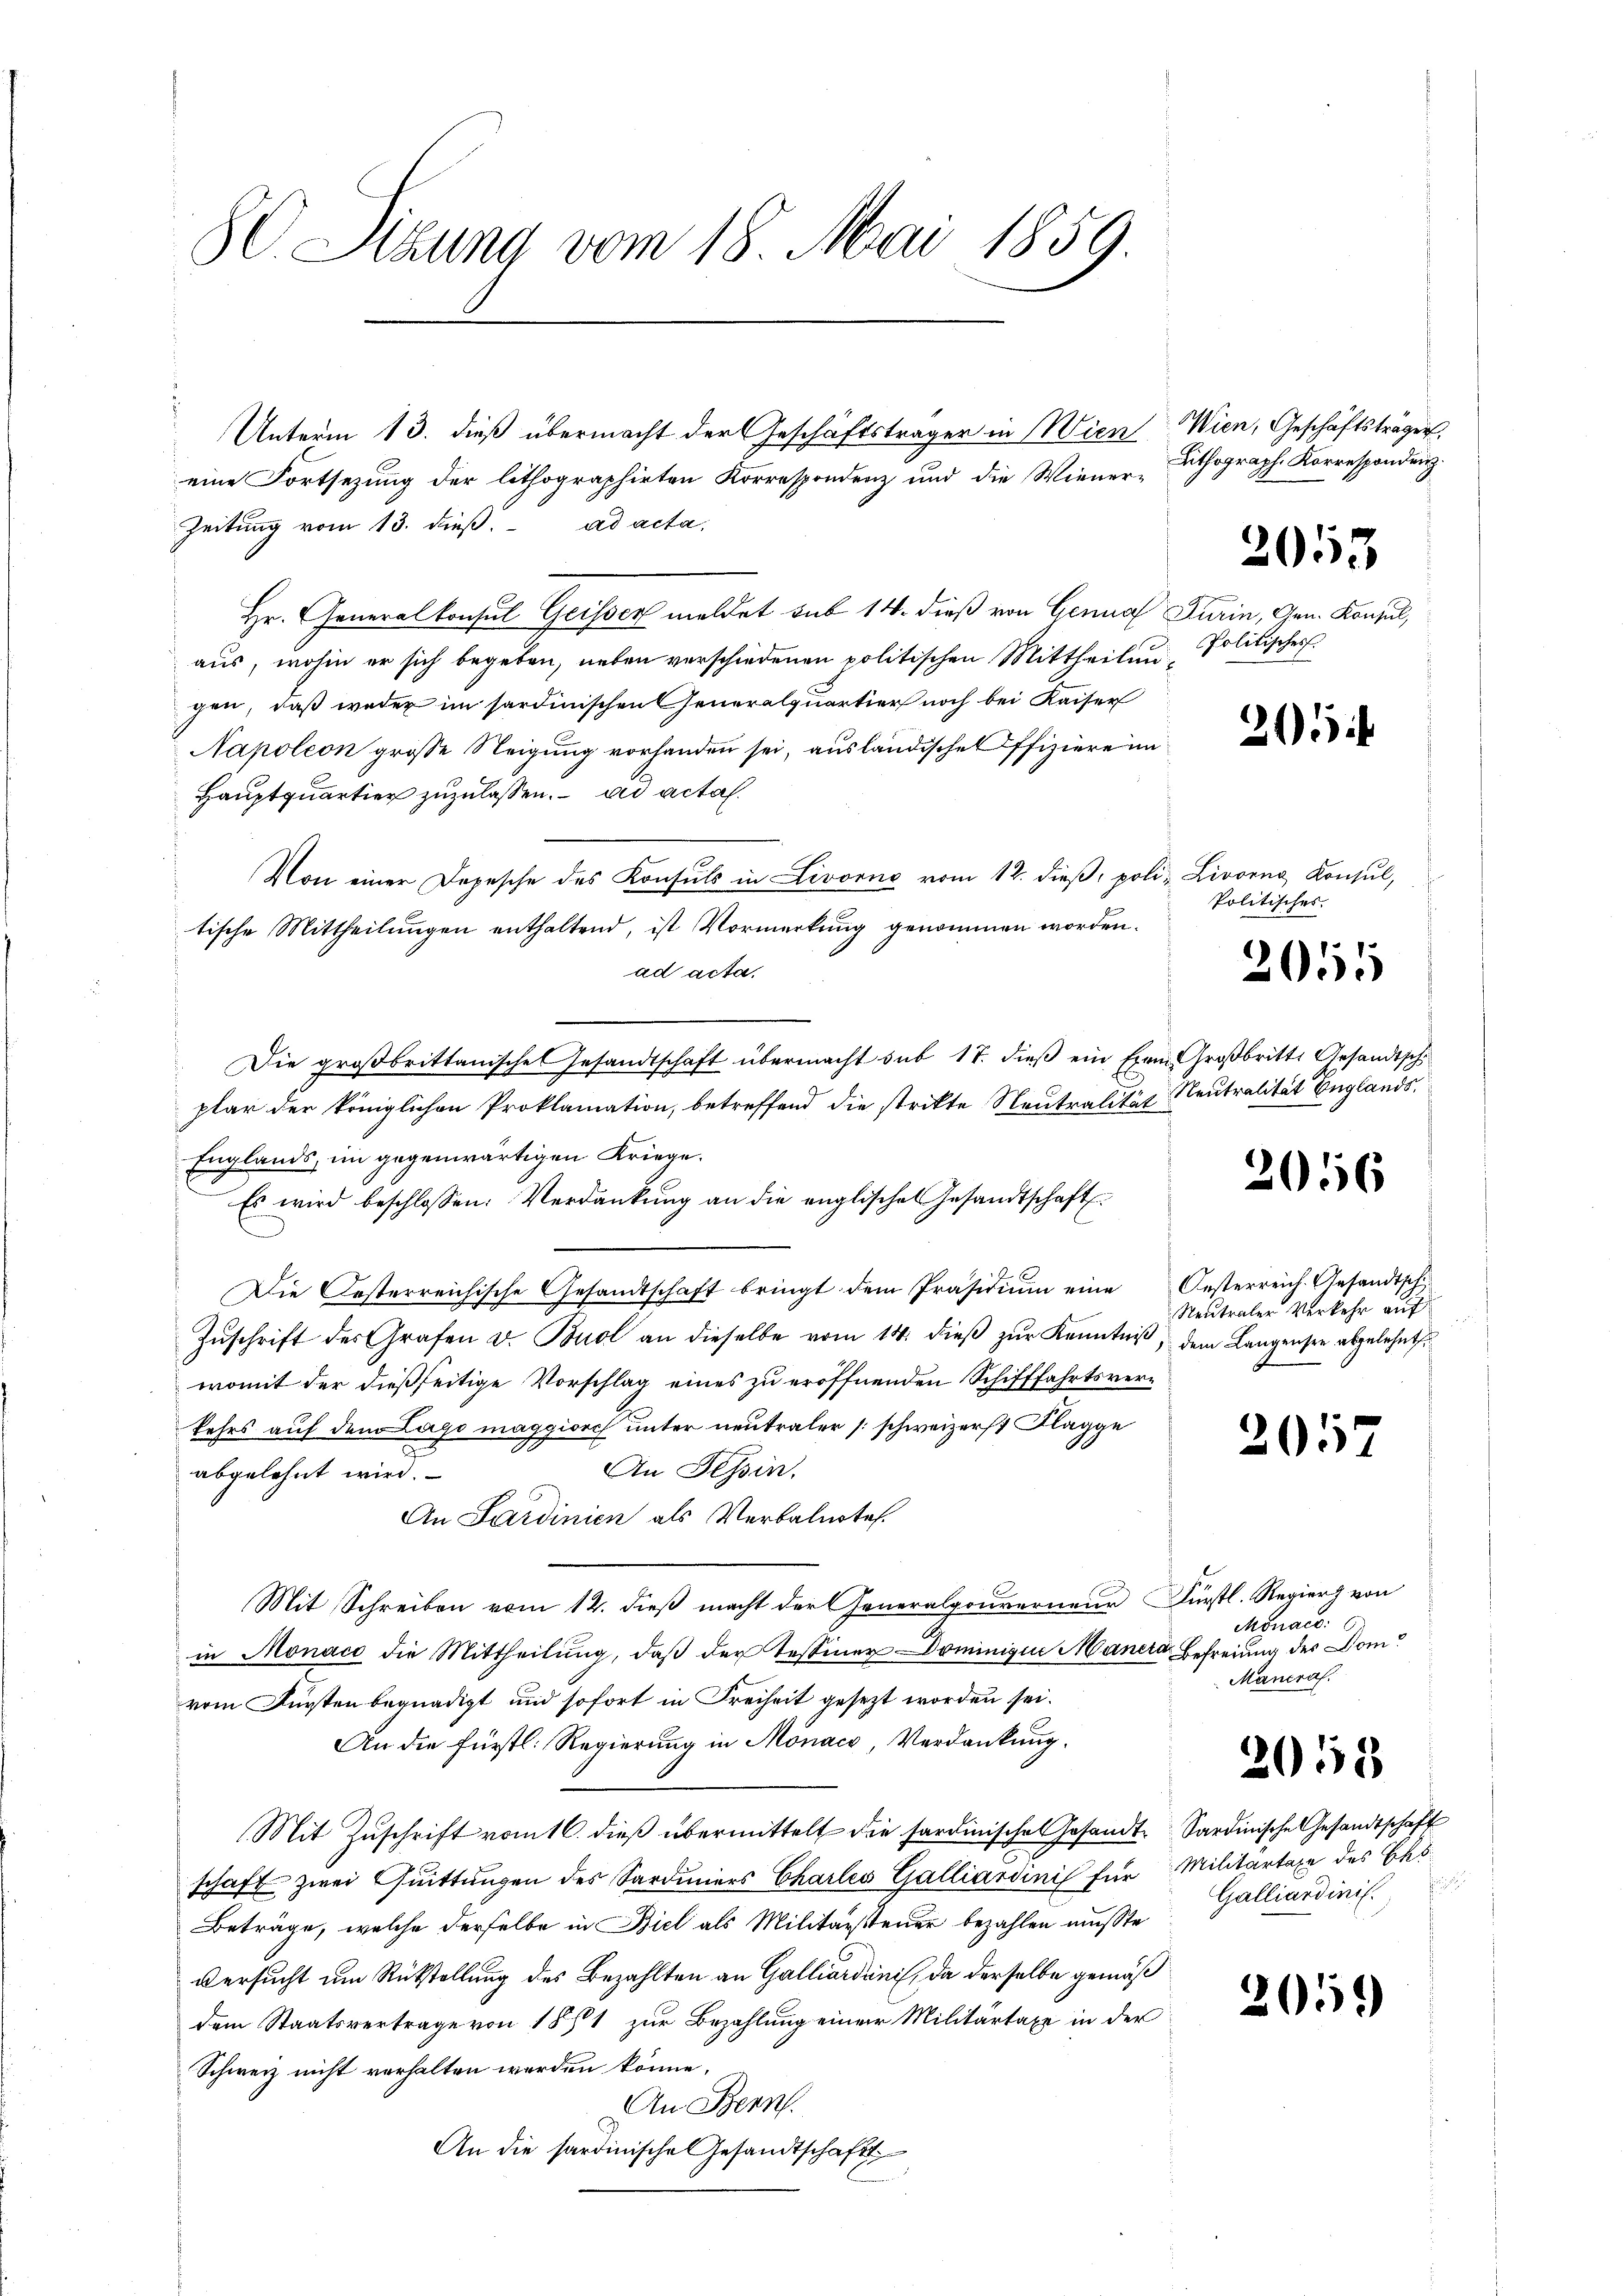
80. Sitzung vom 18. Mai 1859

Unterm 13. dieß übermacht der Geschäftsträger in Wien
eine Fortsezung der lithographirten Korrespondenz und die Wiener-
Zeitung vom 13. dieß. ad acta,
Hr. Generalkonsul Geisser meldet sub 14. dieß von Genua
aus, wohin er sich begeben, neben verschiedenen politischen Mittheilun
gen, daß weder im sardinischen Generalquartier noch bei Kaiser
Napoleon große Neigung vorhanden sei, ausländischen Offiziere im
Hauptquartier zuzulassen. ad acta.
Von einer Depesche des Konsuls in Livorne vom 12. dieß, poli
tische Mittheilungen enthaltend, ist Vormerkung genommen worden.
ad acta.
Die großbrittanische Gesandtschaft übermacht sub 17. dieß ein Exem Großbritte Gesandtsch
plar der königlichen Proklamation, betreffend die strikte Neutralität Neutralität Englands,
Englands, im gegenwärtigen Kriege.
Es wird beschlossen: Verdankŭng an die englischen Gesandtschaft
Die Oesterreichische Gesandtschaft bringt dem Präsidium eine
Zŭschrift des Grafen u. Buol an dieselbe vom 14. dieβ zŭr Kenntniβ, dem Langensee abgelehnt.
womit der dießseitige Vorschlag eines zu eröffnenden Schifffahrtsverkehrs auf dem Lago maggiorch unter neutraler (schweizerst Flagge
An Tessin.
abgelehnt wird.
An Sardinien als Verbalnote.
Mit Schreiben vom 12. dieß macht der Generalgouverneur Fürstl. Regier von
in Monace die Mittheilung, daß der Tessiner Dominique Maner Befreiung des Domvom Fürsten begnadigt und sofort in Freiheit gesezt worden sei.
An die fürstl. Regierung in Mönaco, Verdankung.
Mit Zŭschrift vom 6. dieß übermittelt die sardinischen Gesandtschaft zwei Quittungen des Sardiniers Charles Galliardinis für
Beträge, welche derselbe in Biel als Militärssteuer bezahlen musste
versucht um Rückstellung des Bezahlten an Galliardini, da derselbe gemäß
dem Staatsvertrage von 1871 zur Bezahlung einer Militärtaxe in der
Schweiz nicht verhalten werden könne,
An Benn
An die sardinische Gesandtschaft

Wien, Geschäftsträgen.
Lithograph. Korrespondenz.

2057

Turin, Gen. Konsul,
Politisches.

205

Livorne Konsul,
Politisches.

2051

2056

Oesterreich. Gesandtsch
Neutraler Verkehr auf

205

Monac
Mancraf.

2058

Sardinische Gesandtschaft
Militartage des Eh
Galliardinis.

2059